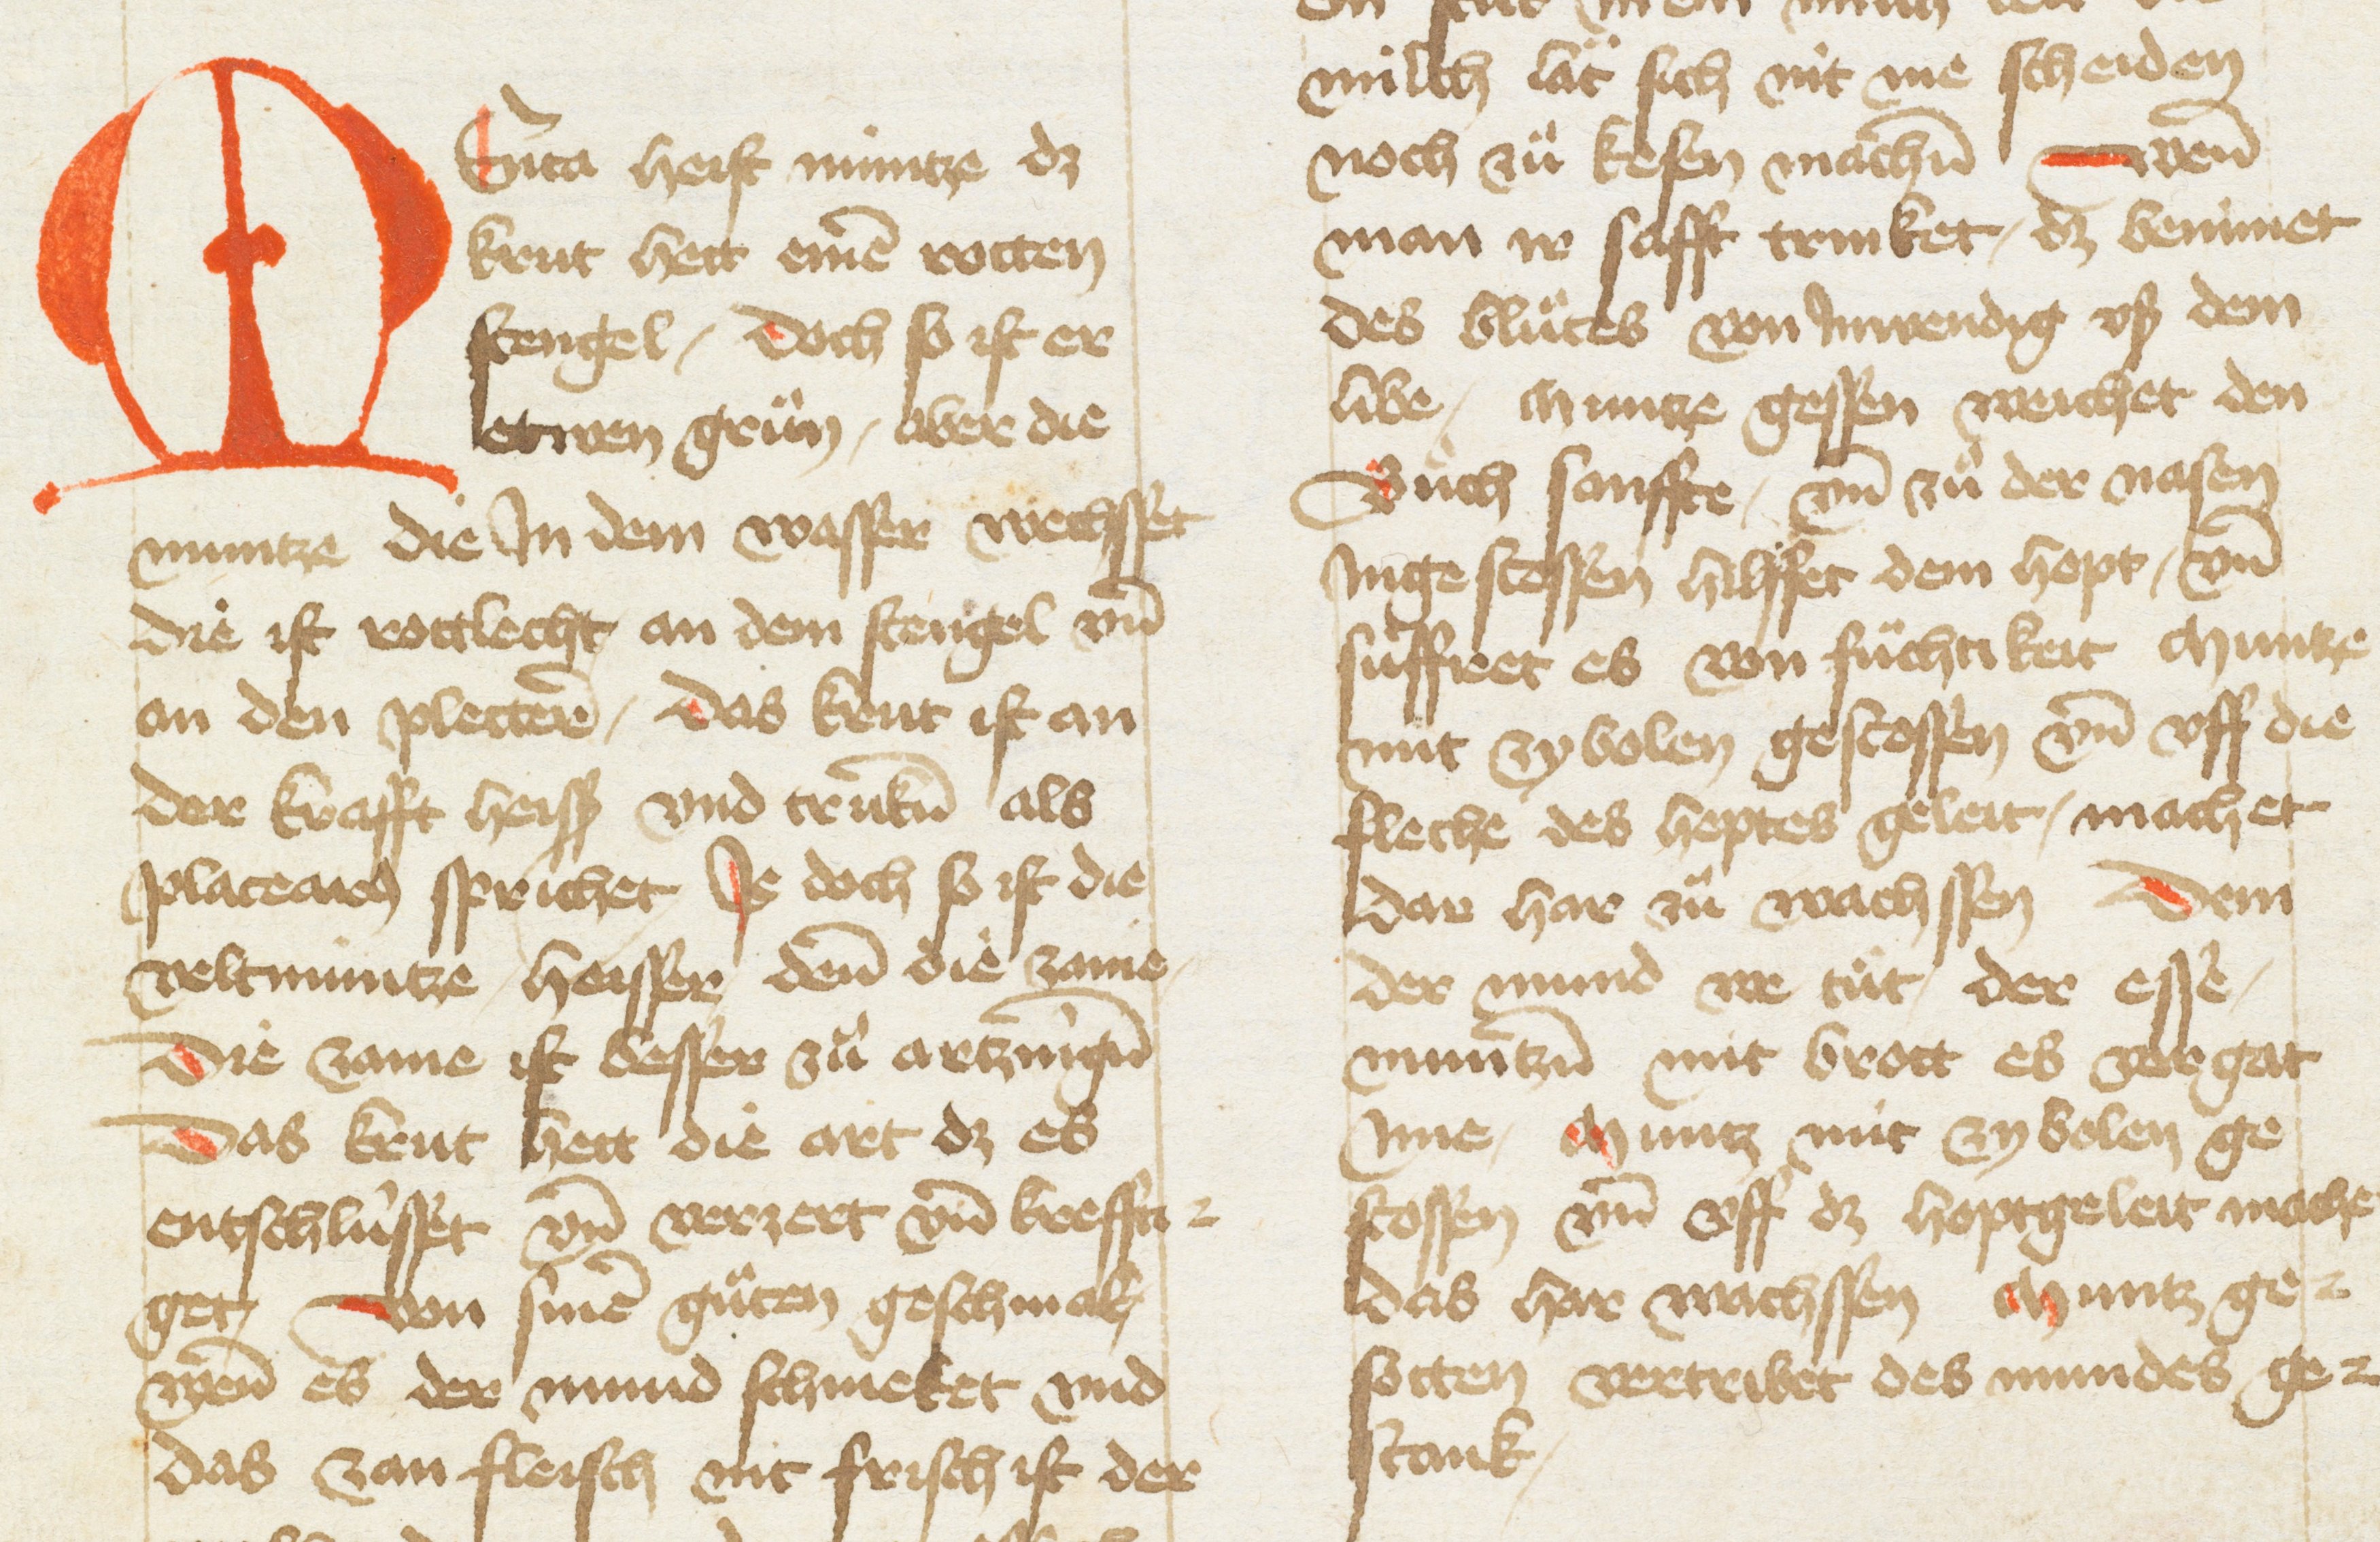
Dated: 1433–1465